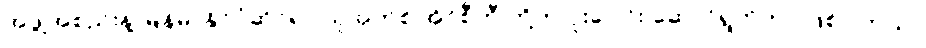
အဖွဲ့အစည်းနဲ့ မြန်မာနိုင်ငံဆိုင်ရာ ယူအက်စ် အိုင်စီတီ တို့က ပူးပေါင်း ဆောင်ရွက်တာ ဖြစ်ပါတယ်။